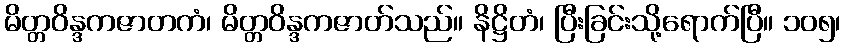
မိတ္တဝိန္ဒကဇာတကံ၊ မိတ္တဝိန္ဒကဇာတ်သည်။ နိဋ္ဌိတံ၊ ပြီးခြင်းသို့ရောက်ပြီ။ ၁၀၅၊